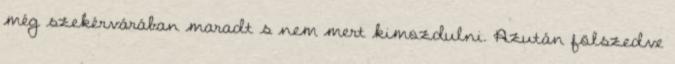
még szekérvárában maradt s nem mert kimozdulni. Azután fölszedve